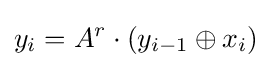
y_{i}=A^{r}\cdot (y_{i-1}\oplus x_{i})